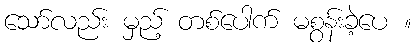
သော်လည်း မှည့် တစ်ပေါက် မစွန်းခဲ့ပေ ။